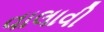
વાલાવી